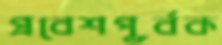
প্রবেশপূর্বক